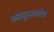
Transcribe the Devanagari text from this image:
कौस्तुभधारिण